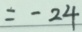
= - 2 4